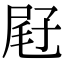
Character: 屘